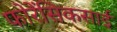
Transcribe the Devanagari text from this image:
फोरेंसिकसाई